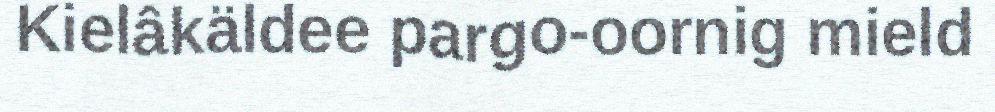
Kielâkäldee pargo-oornig mield